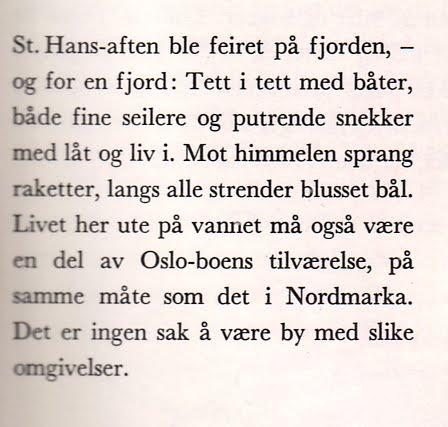
Language: no